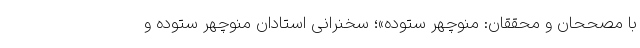
با مصححان و محققان: منوچهر ستوده»؛ سخنرانی استادان منوچهر ستوده و